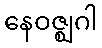
နေဝဇ္ဈဂါ